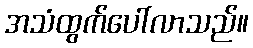
အသံထွက်ပေါ်လာသည်။